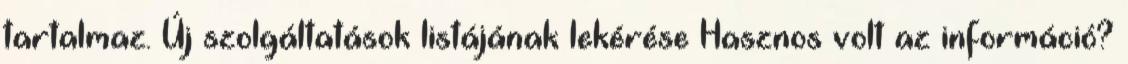
tartalmaz. Új szolgáltatások listájának lekérése Hasznos volt az információ?